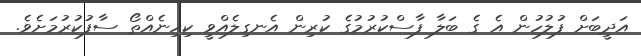
އަދީބަށް ފުލުހުން އެ ގެ ބަލާ ފާސްކުރުމުގެ ކުރިން އެނގިލެއްވީ ކިހިނެއްތޯ ސާފުކުރުމަށެވެ.